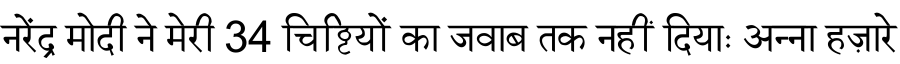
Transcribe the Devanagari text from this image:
नरेंद्र मोदी ने मेरी 34 चिट्ठियों का जवाब तक नहीं दियाः अन्ना हज़ारे